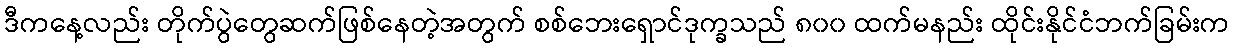
ဒီကနေ့လည်း တိုက်ပွဲတွေဆက်ဖြစ်နေတဲ့အတွက် စစ်ဘေးရှောင်ဒုက္ခသည် ၈၀၀ ထက်မနည်း ထိုင်းနိုင်ငံဘက်ခြမ်းက